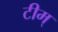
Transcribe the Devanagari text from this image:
टीम्